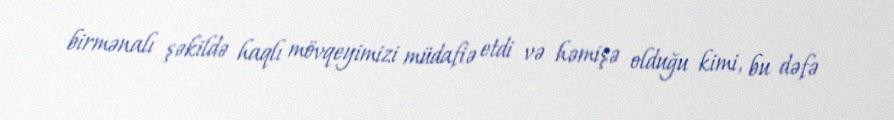
birmənalı şəkildə haqlı mövqeyimizi müdafiə etdi və həmişə olduğu kimi, bu dəfə